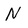
Character: N